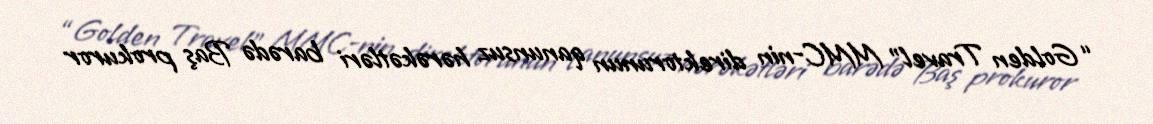
“Golden Travel” MMC-nin direktorunun qanunsuz hərəkətləri barədə Baş prokuror